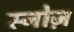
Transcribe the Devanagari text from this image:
स्नोज़